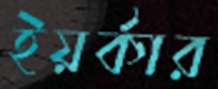
ইয়র্কার